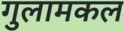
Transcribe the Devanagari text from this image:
गुलामकल